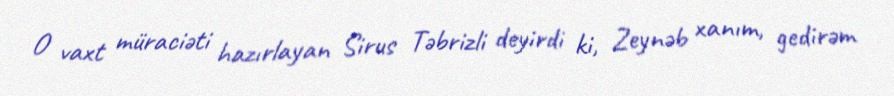
O vaxt müraciəti hazırlayan Sirus Təbrizli deyirdi ki, Zeynəb xanım, gedirəm